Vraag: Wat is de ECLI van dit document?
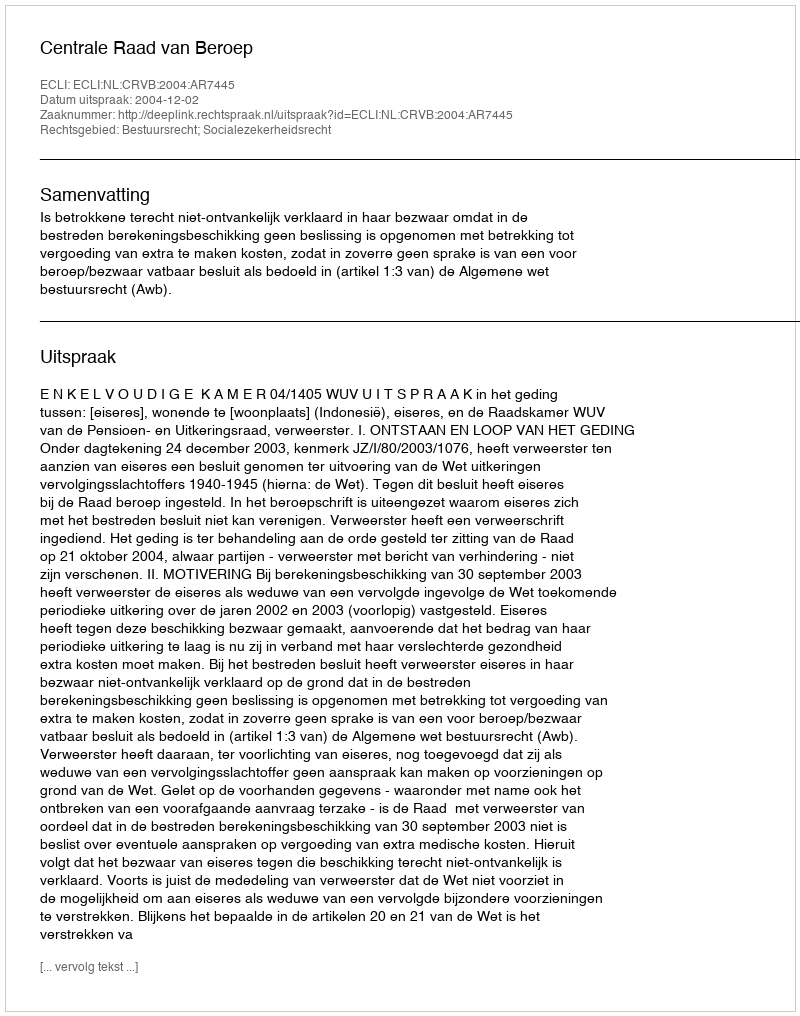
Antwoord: ECLI:NL:CRVB:2004:AR7445